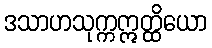
ဒသာဟသုက္ကဣတ္ထိယော